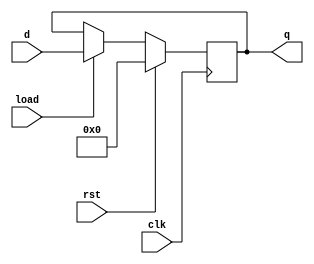
module register ( rst, clk, load, d, q);
  input [3:0] d;
  input rst, clk, load;
  output reg [3:0] q;

  always @(posedge clk)
     if (rst) begin
        q <= 4'b0000;
     end else if (load) begin
        q <= d;
     end else begin
        q <= q;
     end

endmodule